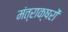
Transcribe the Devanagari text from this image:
मंत्राक्षरों